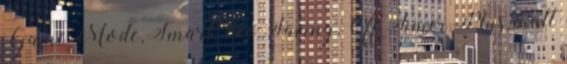
Game Mode, Smart Eco Saving, Off Timer Plus, matt